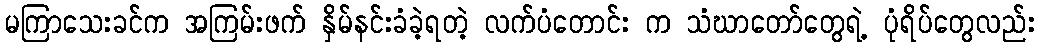
မကြာသေးခင်က အကြမ်းဖက် နှိမ်နင်းခံခဲ့ရတဲ့ လက်ပံတောင်း က သံဃာတော်တွေရဲ့ ပုံရိပ်တွေလည်း